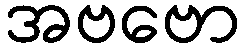
အဗဗော